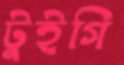
টুইগি